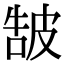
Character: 𤿩